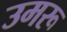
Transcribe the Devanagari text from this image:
उमरू